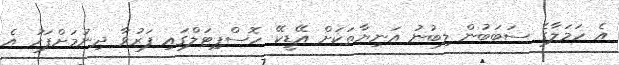
އެ ހަމަލާގެ ސަބަބުން ލިބުނު އަނިޔާތަކަށް އޭޑީކޭ ހޮސްޕިޓަލްގައި ފަރުވާ ދިނުމަށްފަހު އެ